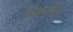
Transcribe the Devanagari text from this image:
त्रिभुजीय